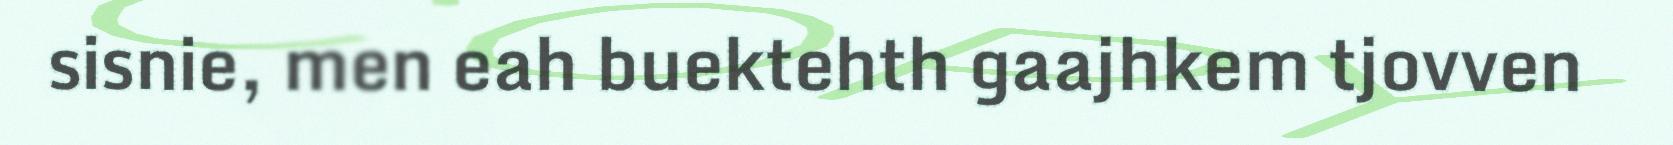
sisnie, men eah buektehth gaajhkem tjovven